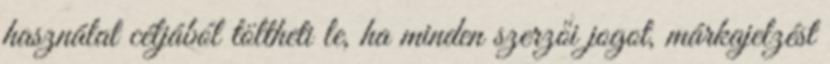
használat céljából töltheti le, ha minden szerzői jogot, márkajelzést